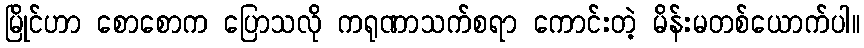
မြိုင်ဟာ စောစောက ပြောသလို ကရုဏာသက်စရာ ကောင်းတဲ့ မိန်းမတစ်ယောက်ပါ။